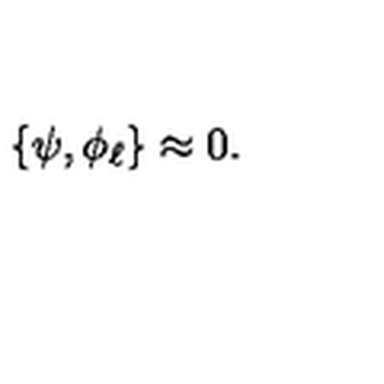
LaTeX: \left\{ \psi , \phi _ { \ell } \right\} \approx 0 .